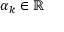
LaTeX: \alpha _ { k } \in \mathbb { R }